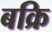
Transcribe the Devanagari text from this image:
बक्रि